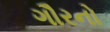
ગૌરનો